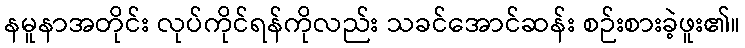
နမူနာအတိုင်း လုပ်ကိုင်ရန်ကိုလည်း သခင်အောင်ဆန်း စဉ်းစားခဲ့ဖူး၏။